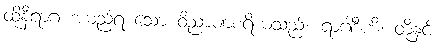
ထိုနီရာဂ အမည်ရ သော ဝိညာဏစရိယသည်။ ရာဂါဒီဟိ၊ တို့နှင့်။